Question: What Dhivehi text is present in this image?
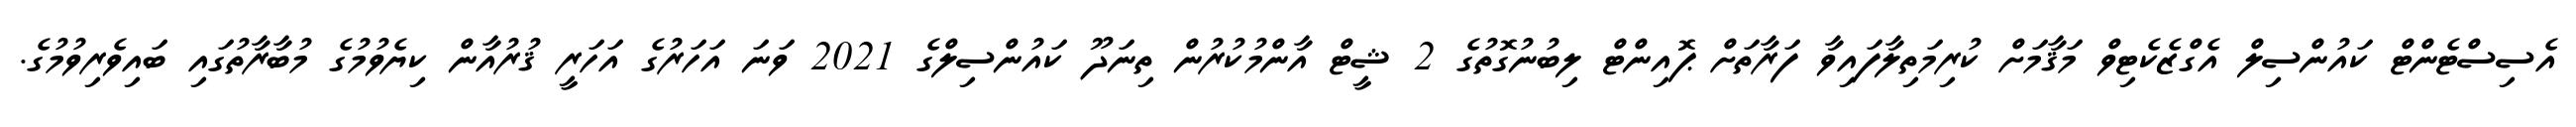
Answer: އެސިސްޓެންޓް ކައުންސިލް އެގްޒެކެޓިވް މަޤާމަށް ކުރިމަތިލާފައިވާ ފަރާތަށް ޕޮއިންޓް ލިބުނުގޮތުގެ 2 ޝީޓް އާންމުކުރުން ތިނަދޫ ކައުންސިލްގެ 2021 ވަނަ އަހަރުގެ އަހަރީ ޤުރުއާން ކިޔެވުމުގެ މުބާރާތުގައި ބައިވެރިވުމުގެ.